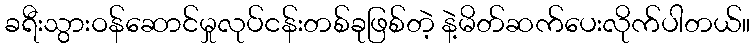
ခရီးသွားဝန်ဆောင်မှုလုပ်ငန်းတစ်ခုဖြစ်တဲ့ နဲ့မိတ်ဆက်ပေးလိုက်ပါတယ်။